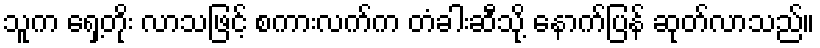
သူက ရှေ့တိုး လာသဖြင့် စကားလက်က တံခါးဆီသို့ နောက်ပြန် ဆုတ်လာသည်။